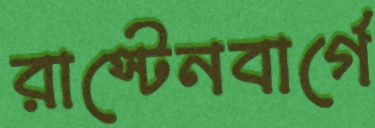
রাস্টেনবার্গে